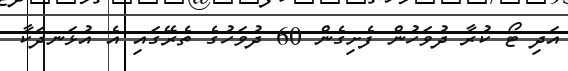
އަދި ޓޯ ކުރާ ދުވަހުން ފެށިގެން 60 ދުވަހުގެ ތެރޭގައި އެ އުޅަނދަކާ